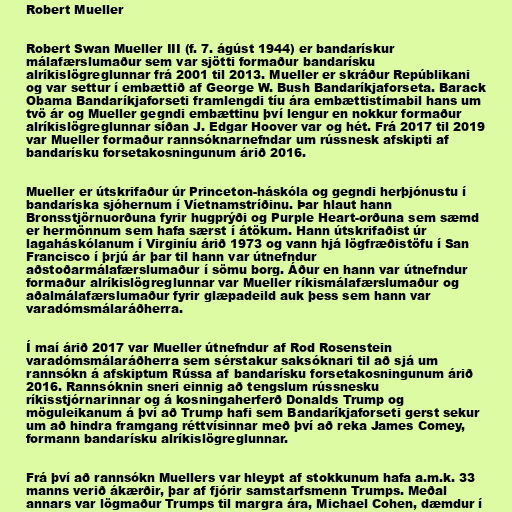
Robert Mueller

Robert Swan Mueller III (f. 7. ágúst 1944) er bandarískur
málafærslumaður sem var sjötti formaður bandarísku
alríkislögreglunnar frá 2001 til 2013. Mueller er skráður Repúblikani
og var settur í embættið af George W. Bush Bandaríkjaforseta. Barack
Obama Bandaríkjaforseti framlengdi tíu ára embættistímabil hans um
tvö ár og Mueller gegndi embættinu því lengur en nokkur formaður
alríkislögreglunnar síðan J. Edgar Hoover var og hét. Frá 2017 til 2019
var Mueller formaður rannsóknarnefndar um rússnesk afskipti af
bandarísku forsetakosningunum árið 2016.

Mueller er útskrifaður úr Princeton-háskóla og gegndi herþjónustu í
bandaríska sjóhernum í Víetnamstríðinu. Þar hlaut hann
Bronsstjörnuorðuna fyrir hugprýði og Purple Heart-orðuna sem sæmd
er hermönnum sem hafa særst í átökum. Hann útskrifaðist úr
lagaháskólanum í Virginíu árið 1973 og vann hjá lögfræðistöfu í San
Francisco í þrjú ár þar til hann var útnefndur
aðstoðarmálafærslumaður í sömu borg. Áður en hann var útnefndur
formaður alríkislögreglunnar var Mueller ríkismálafærslumaður og
aðalmálafærslumaður fyrir glæpadeild auk þess sem hann var
varadómsmálaráðherra.

Í maí árið 2017 var Mueller útnefndur af Rod Rosenstein
varadómsmálaráðherra sem sérstakur saksóknari til að sjá um
rannsókn á afskiptum Rússa af bandarísku forsetakosningunum árið
2016. Rannsóknin sneri einnig að tengslum rússnesku
ríkisstjórnarinnar og á kosningaherferð Donalds Trump og
möguleikanum á því að Trump hafi sem Bandaríkjaforseti gerst sekur
um að hindra framgang réttvísinnar með því að reka James Comey,
formann bandarísku alríkislögreglunnar.

Frá því að rannsókn Muellers var hleypt af stokkunum hafa a.m.k. 33
manns verið ákærðir, þar af fjórir samstarfsmenn Trumps. Meðal
annars var lögmaður Trumps til margra ára, Michael Cohen, dæmdur í